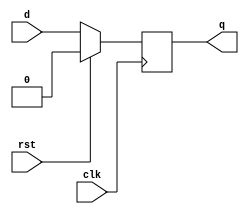
module day3(
  input d,
  input clk,
  input rst,
  output reg q
);
  
  //synchronous reset
  always @(posedge clk)
    begin
      if(rst)
        q <= 1'b0;
      else
        q <= d;
    end
endmodule